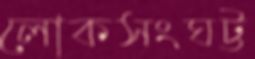
লোকসংঘট্ট